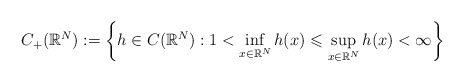
\begin{align*}C_{+}(\mathbb{R}^{N}):=\bigg\{h\in C(\mathbb{R}^{N}): 1 < \displaystyle{\inf_{x\in \mathbb{R}^{N}}h(x)} \leqslant \displaystyle{\sup_{x\in \mathbb{R}^{N}}h(x)} < \infty \bigg\} \end{align*}